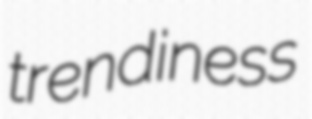
trendiness